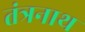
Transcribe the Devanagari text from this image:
तंंत्रनाथ